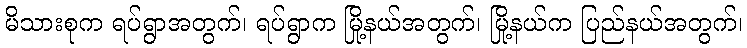
မိသားစုက ရပ်ရွာအတွက်၊ ရပ်ရွာက မြို့နယ်အတွက်၊ မြို့နယ်က ပြည်နယ်အတွက်၊